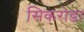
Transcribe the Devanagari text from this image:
सिकरोडा